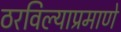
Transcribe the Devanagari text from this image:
ठरविल्याप्रमाणे